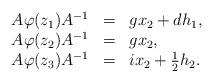
LaTeX: \begin{align*}\begin{array}{llllll}A\varphi(z_1)A^{-1} &=& gx_2+dh_1,\\A\varphi(z_2) A^{-1}&=& gx_2,\\A\varphi(z_3)A^{-1} &=& ix_2+\frac{1}{2}h_2.\\\end{array}\end{align*}